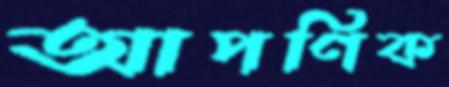
আপণিক